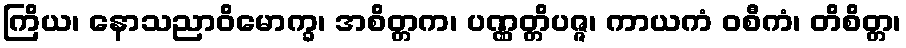
ကြိယ၊ နောသညာဝိမောက္ခ၊ အစိတ္တက၊ ပဏ္ဏတ္တိပဇ္ဇ၊ ကာယကံ ဝစီကံ၊ တိစိတ္တ၊